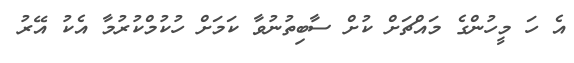
އެ ހަ މީހުންގެ މައްޗަށް ކުށް ސާބިތުނުވާ ކަމަށް ހުކުމްކުރުމާ އެކު އޭރު